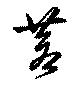
蒼